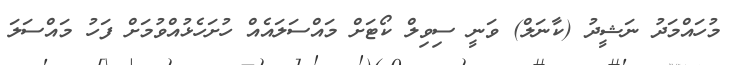
މުހައްމަދު ނަޝީދު (ކާނަލް) ވަނީ ސިވިލް ކޯޓަށް މައްސަލައެއް ހުށަހެޅުއްވުމަށް ފަހު މައްސަލަ